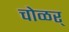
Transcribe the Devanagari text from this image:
चोळर्